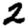
Digit: 2